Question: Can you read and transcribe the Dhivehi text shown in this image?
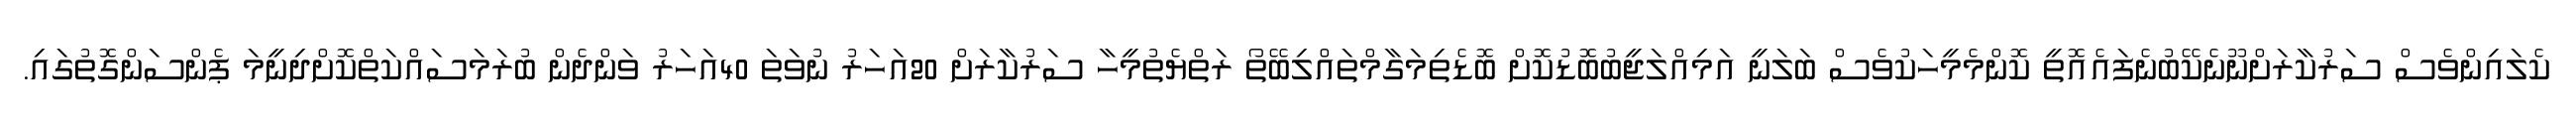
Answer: ކެލައިންވެސް ސަރުކާރަށްނޫނެކޭބުނެފައެއޮތީ ކޮންމެމީހަކުވެސް ބަލަނީ އަމިއްލަޖީބުބޮޑުކޮށް ބޮޑެތިމަގާމްތައްލިބޭތޯ ރަތްޔެތުމީހާ ސަރުކާރަށް 20އަހަރު ނުވަތަ 40އަހަރު ވަންދެން ބުރަމަސައްކަތްކޮށްދިނީމަ ޕެންސަންގޮތުގައި.